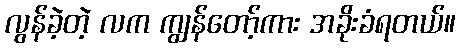
လွန်ခဲ့တဲ့ လက ကျွန်တော့်ကား အခိုးခံရတယ်။